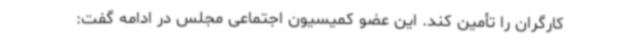
کارگران را تأمین کند. این عضو کمیسیون اجتماعی مجلس در ادامه گفت: